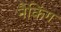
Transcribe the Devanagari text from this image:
नैकिंग